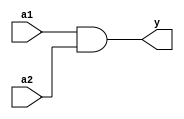
// ==============================================================
// 
// AND Gate
// 
// ==============================================================

module and1b(
  input a1,
  input a2,
  output y
);

  assign y = a1 & a2;
  
endmodule